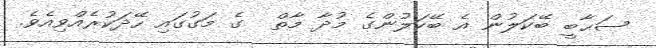
ޞަޙާބީ ބޭކަލުން އެ ބޭކަލުންގެ މުދާ މާތް  ގެ މަގުގައި ހޭދަކުރެއްވިއެވެ.